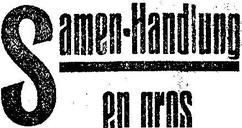
Samen-Handlung